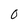
Character: O